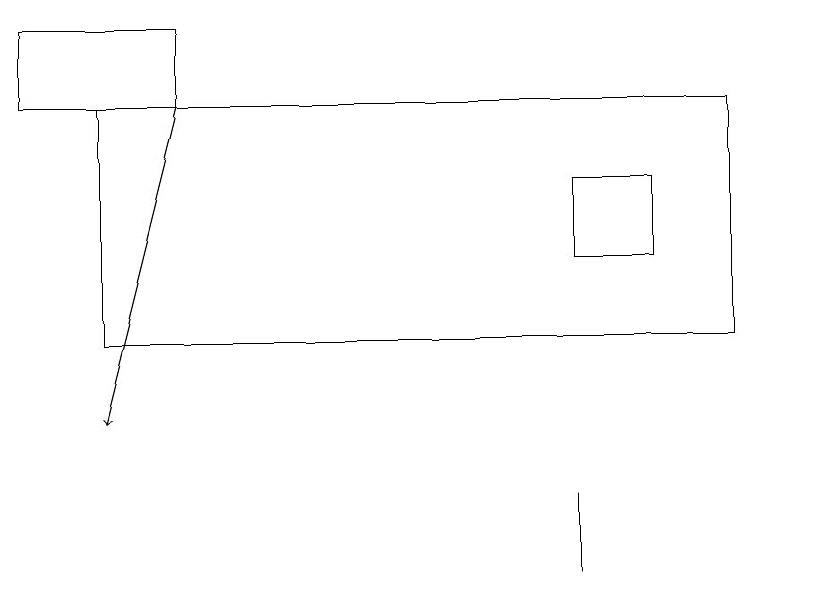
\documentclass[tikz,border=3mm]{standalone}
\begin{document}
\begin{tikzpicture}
\draw (1,16) rectangle (9,13);
\draw[->] (2,16) -- (1,12);
\draw (10,11) circle (0);
\draw (7,11) rectangle (7,10);
\draw (10,11) circle (0);
\draw (8,14) rectangle (7,15);
\draw (2,17) rectangle (0,16);
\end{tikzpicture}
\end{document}